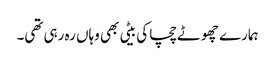
ہمارے چھوٹے چچا کی بیٹی بھی وہاں رہ رہی تھی۔